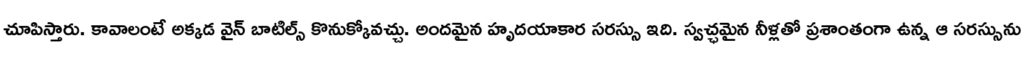
చూపిస్తారు. కావాలంటే అక్కడ వైన్ బాటిల్స్ కొనుక్కోవచ్చు. అందమైన హృదయాకార సరస్సు ఇది. స్వచ్ఛమైన నీళ్లతో ప్రశాంతంగా ఉన్న ఆ సరస్సును